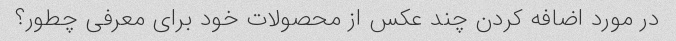
در مورد اضافه کردن چند عکس از محصولات خود برای معرفی چطور؟